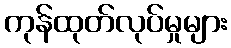
ကုန်ထုတ်လုပ်မှုများ